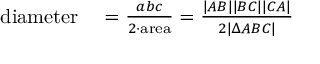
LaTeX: \begin{array} { r l } { { \mathrm { d i a m e t e r } } } & { { } { } = { \frac { a b c } { 2 \cdot { \mathrm { a r e a } } } } = { \frac { | A B | | B C | | C A | } { 2 | \Delta A B C | } } } \end{array}